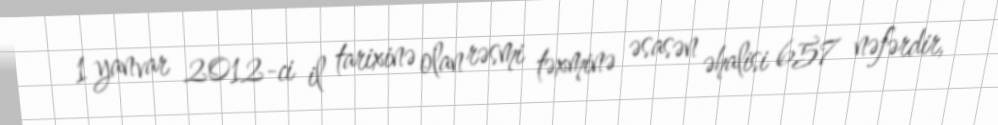
1 yanvar 2012-ci il tarixinə olan rəsmi təxminə əsasən əhalisi 657 nəfərdir,